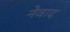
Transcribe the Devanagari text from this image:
नेवाद